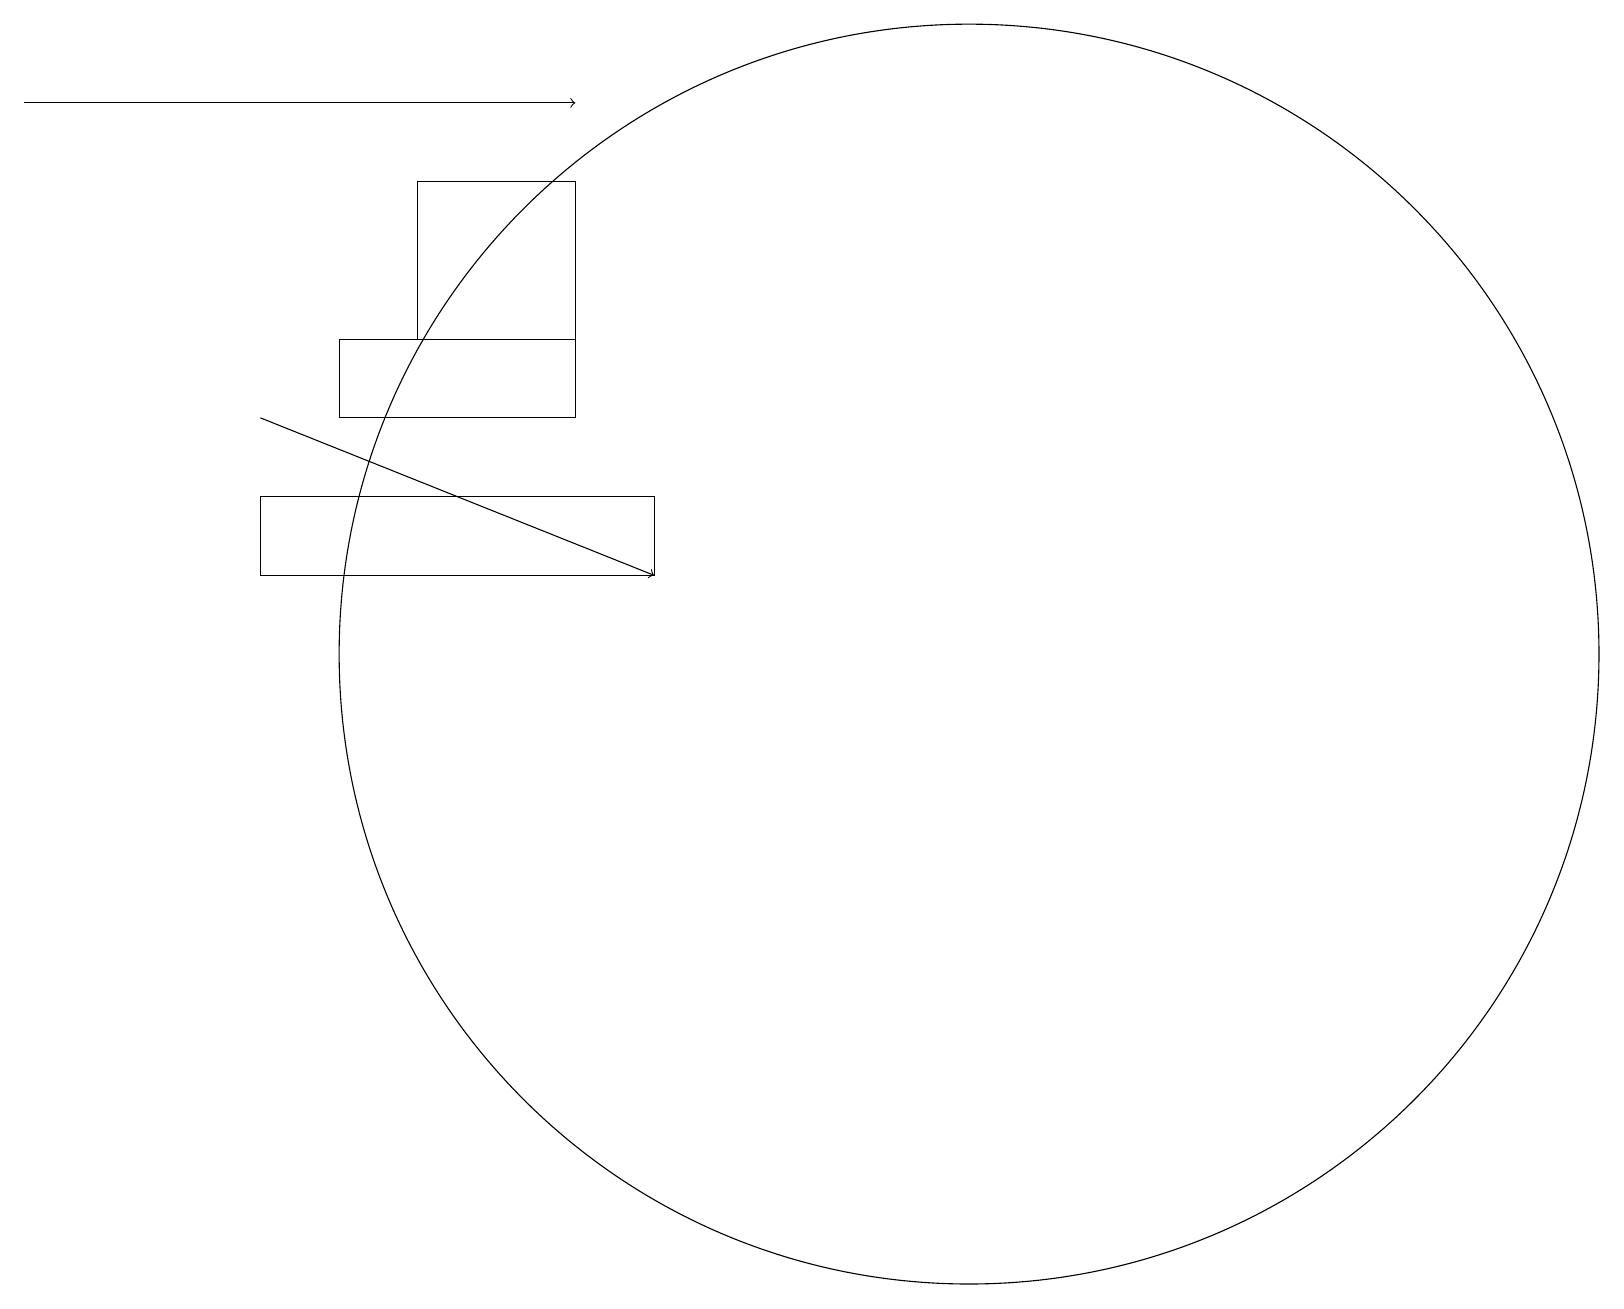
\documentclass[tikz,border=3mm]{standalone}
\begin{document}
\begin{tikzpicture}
\draw (12,11) circle (8);
\draw (4,15) rectangle (7,14);
\draw (5,17) rectangle (6,17);
\draw (8,12) rectangle (3,13);
\draw[->] (3,14) -- (8,12);
\draw (5,15) rectangle (7,17);
\draw[->] (0,18) -- (7,18);
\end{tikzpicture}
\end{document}